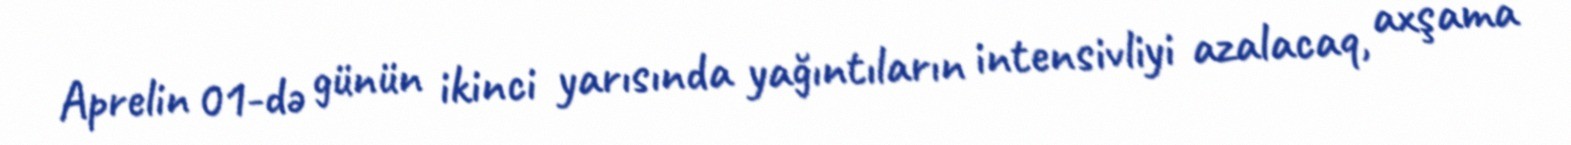
Aprelin 01-də günün ikinci yarısında yağıntıların intensivliyi azalacaq, axşama